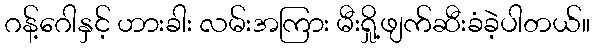
ဂန့်ဂေါနှင့် ဟားခါး လမ်းအကြား မီးရှို့ဖျက်ဆီးခံခဲ့ပါတယ်။